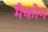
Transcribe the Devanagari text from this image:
मैकोन